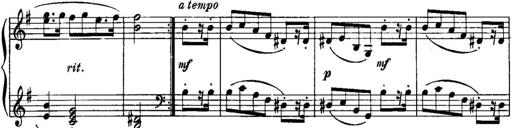
Title: Piano Sonatina No.1, Op.146
Composer: Stephen Heller